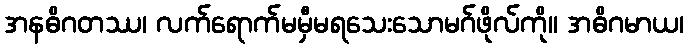
အနဓိဂတဿ၊ လက်ရောက်မမှီမရသေးသောမဂ်ဖိုလ်ကို။ အဓိဂမာယ၊